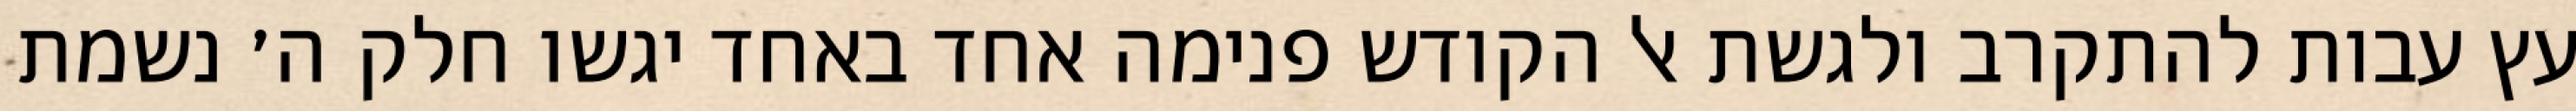
עץ עבות להתקרב ולגשת אל הקודש פנימה אחד באחד יגשו חלק ה׳ נשמת